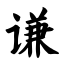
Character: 谦